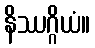
နိဿဂ္ဂိယံ။